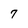
Character: 7